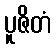
ပူဇိတံ